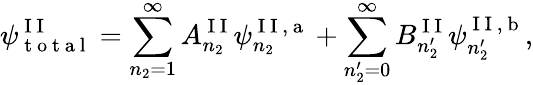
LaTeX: \psi_{\mathrm{~t~o~t~a~l~}}^{\mathrm{~I~I~}}=\sum_{n_{2}=1}^{\infty}A_{n_{2}}^{\mathrm{~I~I~}}\psi_{n_{2}}^{\mathrm{~I~I~,~a~}}+\sum_{n_{2}^{\prime}=0}^{\infty}B_{n_{2}^{\prime}}^{\mathrm{~I~I~}}\psi_{n_{2}^{\prime}}^{\mathrm{~I~I~,~b~}},